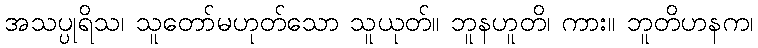
အသပ္ပုရိသ၊ သူတော်မဟုတ်သော သူယုတ်။ ဘူနဟူတိ၊ ကား။ ဘူတိဟနက၊